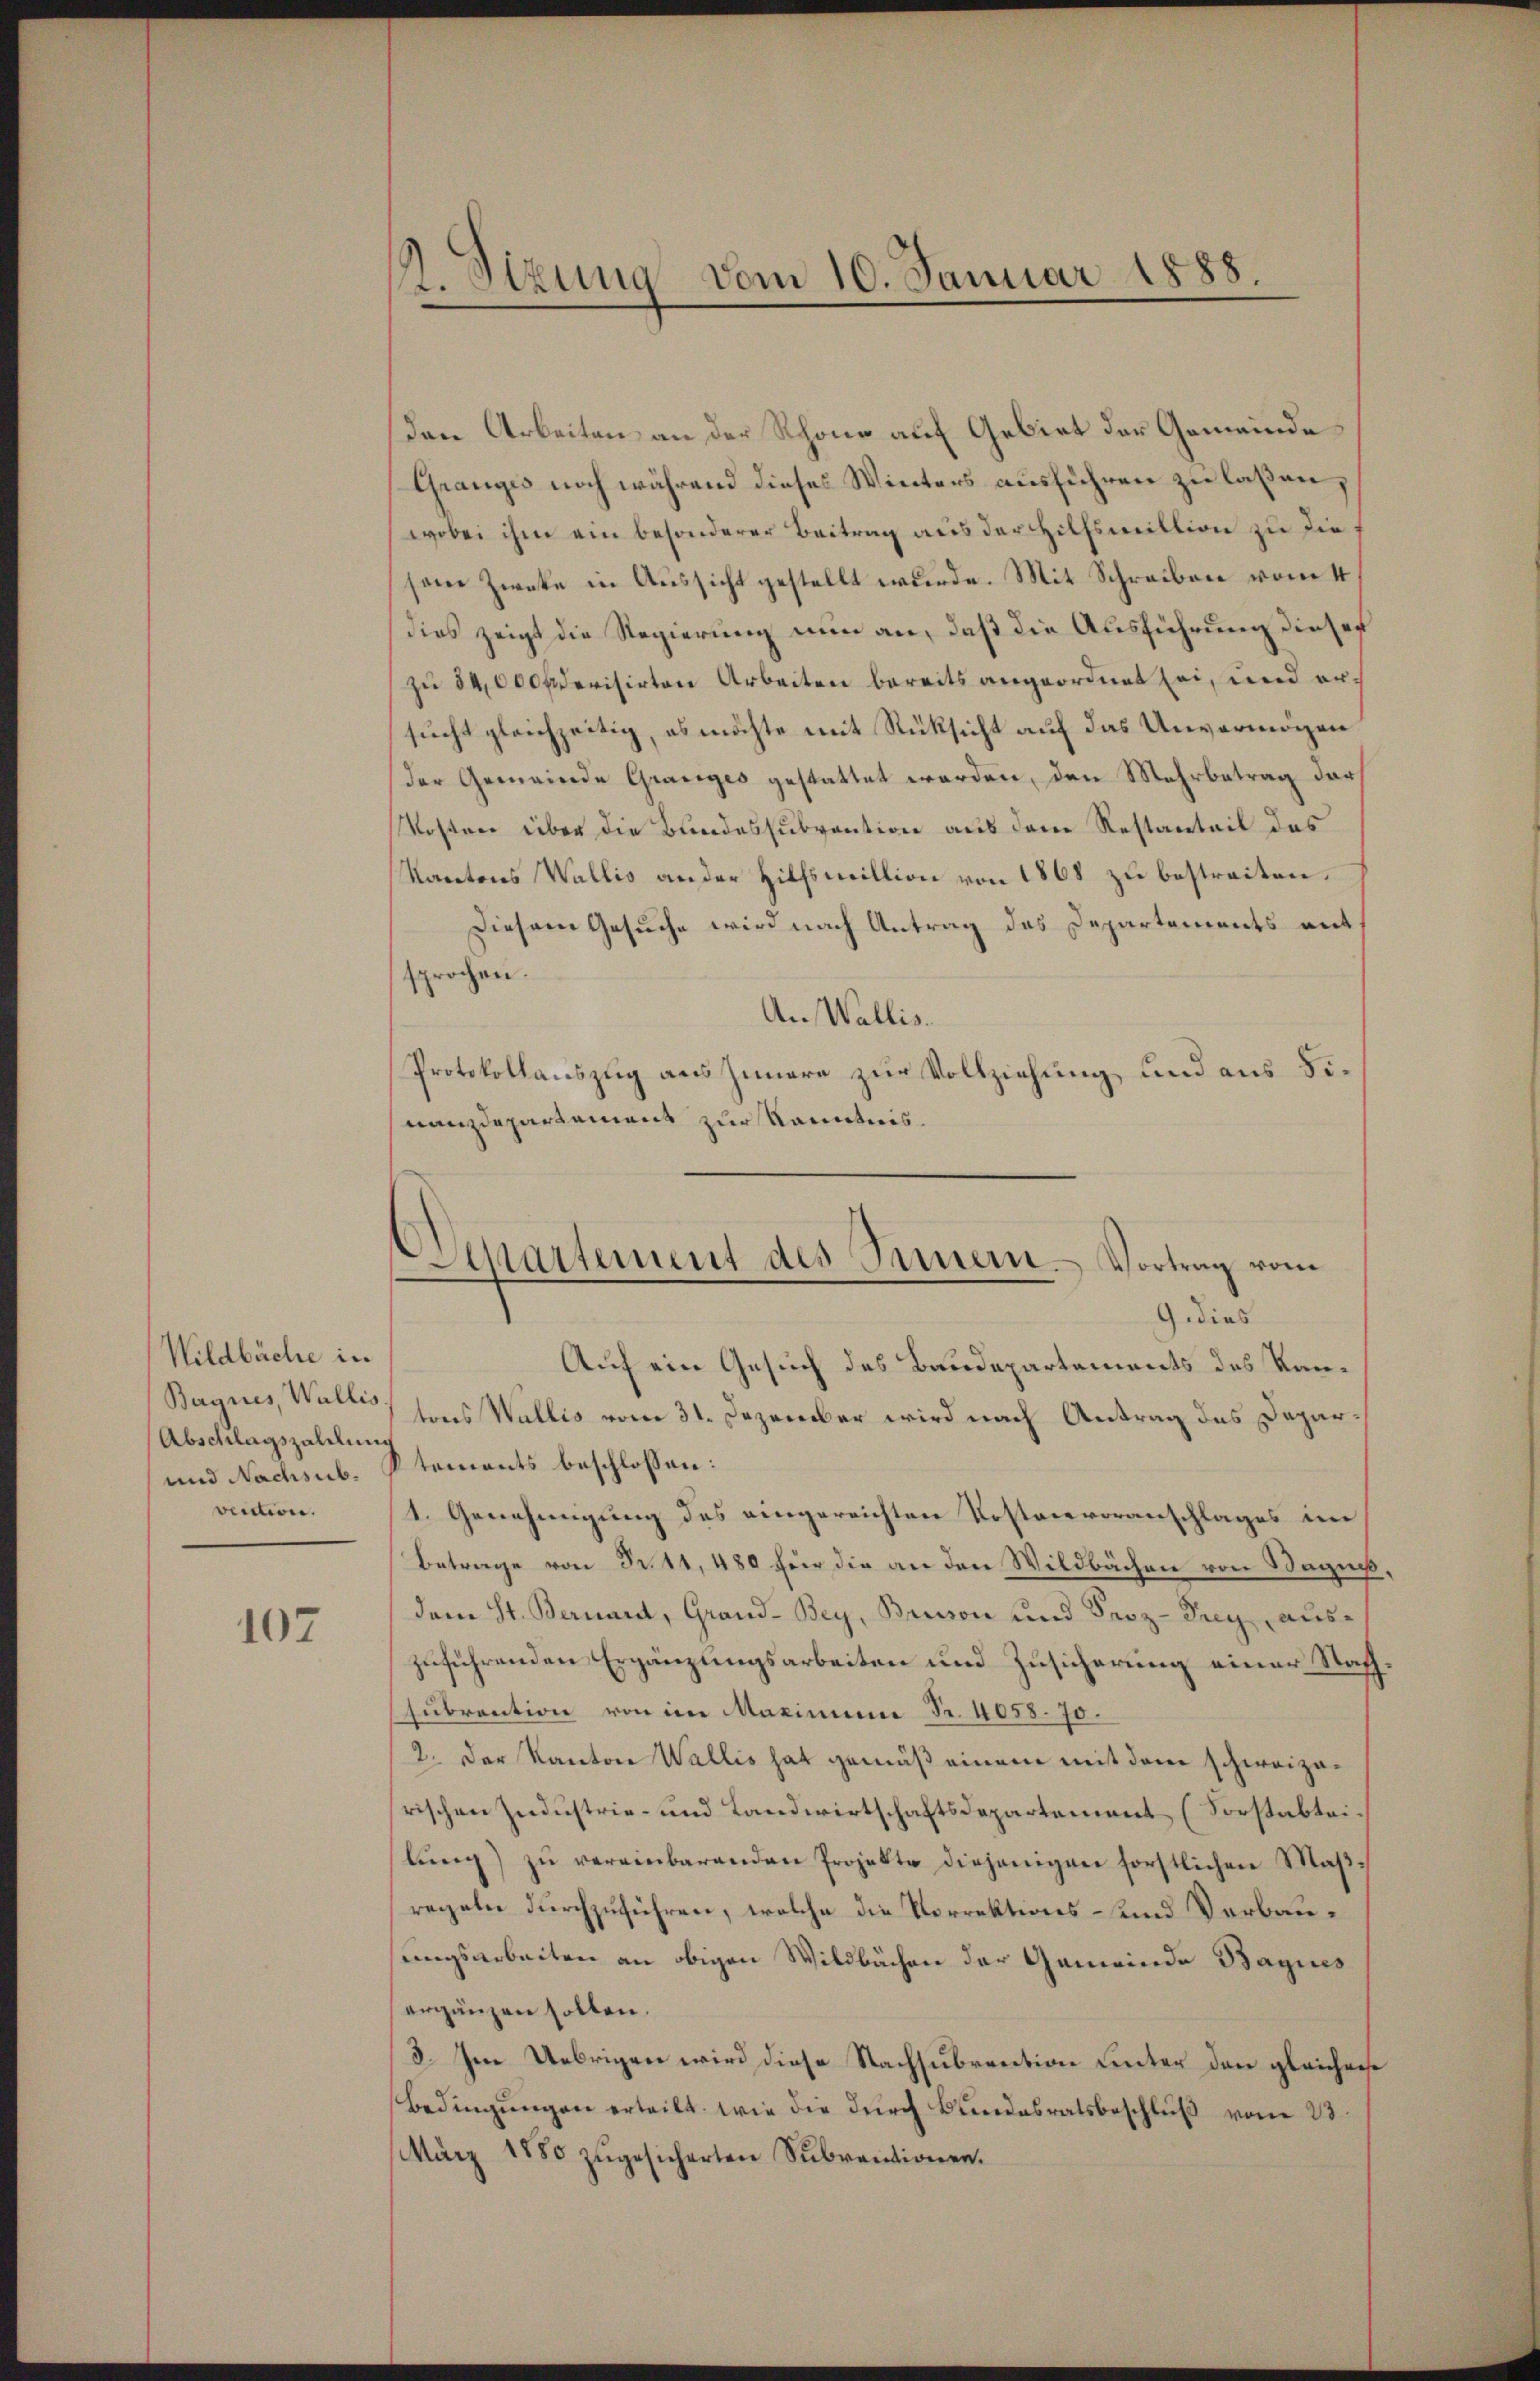
Wildbüche in
Bagnes, Wallis
Abschlagszahlung
und Nachsub.
vecction.

107

Sizung vom 10. Januar 1888.

Den Arbeiten an der Rhone auf Gebiet der Gemeinde
Granges noch während dieses Winters ausführen zu laßen,
wobei ihm ein besonderer Beitrag aus der Hilfsmillion zu die
sene Zwecke in Aussicht gestellt wurde. Mit Schreiben vom 4
dies zeigt die Regierung nun an, daß die Ausführung dieses
zu 54,000 fderisirten Arbeiten bereits angeordnet sei, und ersucht gleichzeitig, es möchte mit Rüksicht auf das Unvermögen
der Gemeinde Granges gestattet werden, den Mehrbetrag der
Kosten über die Bundessubvention aus dem Restanteil das
Kartons Wallis an der Hilfsmillion von 1868 zu bestreiten.
Diesem Gesuche wird nach Antrag des Departements mit
sprochen.
An Wallis.
Protokollauszug aus Innere zur Vollziehung und aus Finanzdepartement zur Kenntnis.

Departement des Innern. Vortrag vom
9 dies

Auf ein Gesuch des Baudepartements des Kantons Wallis vom 31. Dezember wird nach Antrag des Departements beschlossen:
1. Genehmigung des eingereichten Kostenvoranschlages im
Betrage von Fr. 11, 480 für die an den Wildbächen von Seges,
dem St. Bernard, Grand-Bey, Brison und Seoz-Trey, auszuführenden Ergänzungsarbeiten und Zusicherung einer Stachsubrention von in Maximum Fr. 4058. 70.
2. Der Kanton Wallis hat gemäß einem mit dem schweizarischen Industrie- und Landwirtschaftsdepartement (Forstabteilŭng zŭ vereinbarenden Projekte diejenigen forstlichen Maβ-
regeln durchzuführen, welche die Vorrektions- und Verbausungsarbeiten an obigen Wildbächen der Gemeinde Bagues
ergänzen sollen.
3. Im Uebrigen wird diese Nachsubrention unter den gleichause
Bedingŭngen erteilt, wie die dŭrch Bundesratsbeschlŭβ vom 23.
März 1880 zŭgesicherten Sŭbventionen.